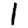
Digit: 1